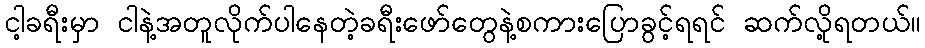
ငါ့ခရီးမှာ ငါနဲ့အတူလိုက်ပါနေတဲ့ခရီးဖော်တွေနဲ့စကားပြောခွင့်ရရင် ဆက်လို့ရတယ်။